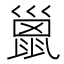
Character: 巤